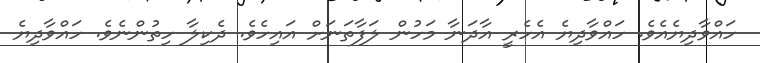
ހައްވާދިޔެއެވެ. ހައްވާދިޔެ އެހެރީ އާދަނާ މަހުން ލަފާތަނަށް އައިހެވެ. ދެކިލާ ހިތުންނެވެ. ހައްވާދިޔެ